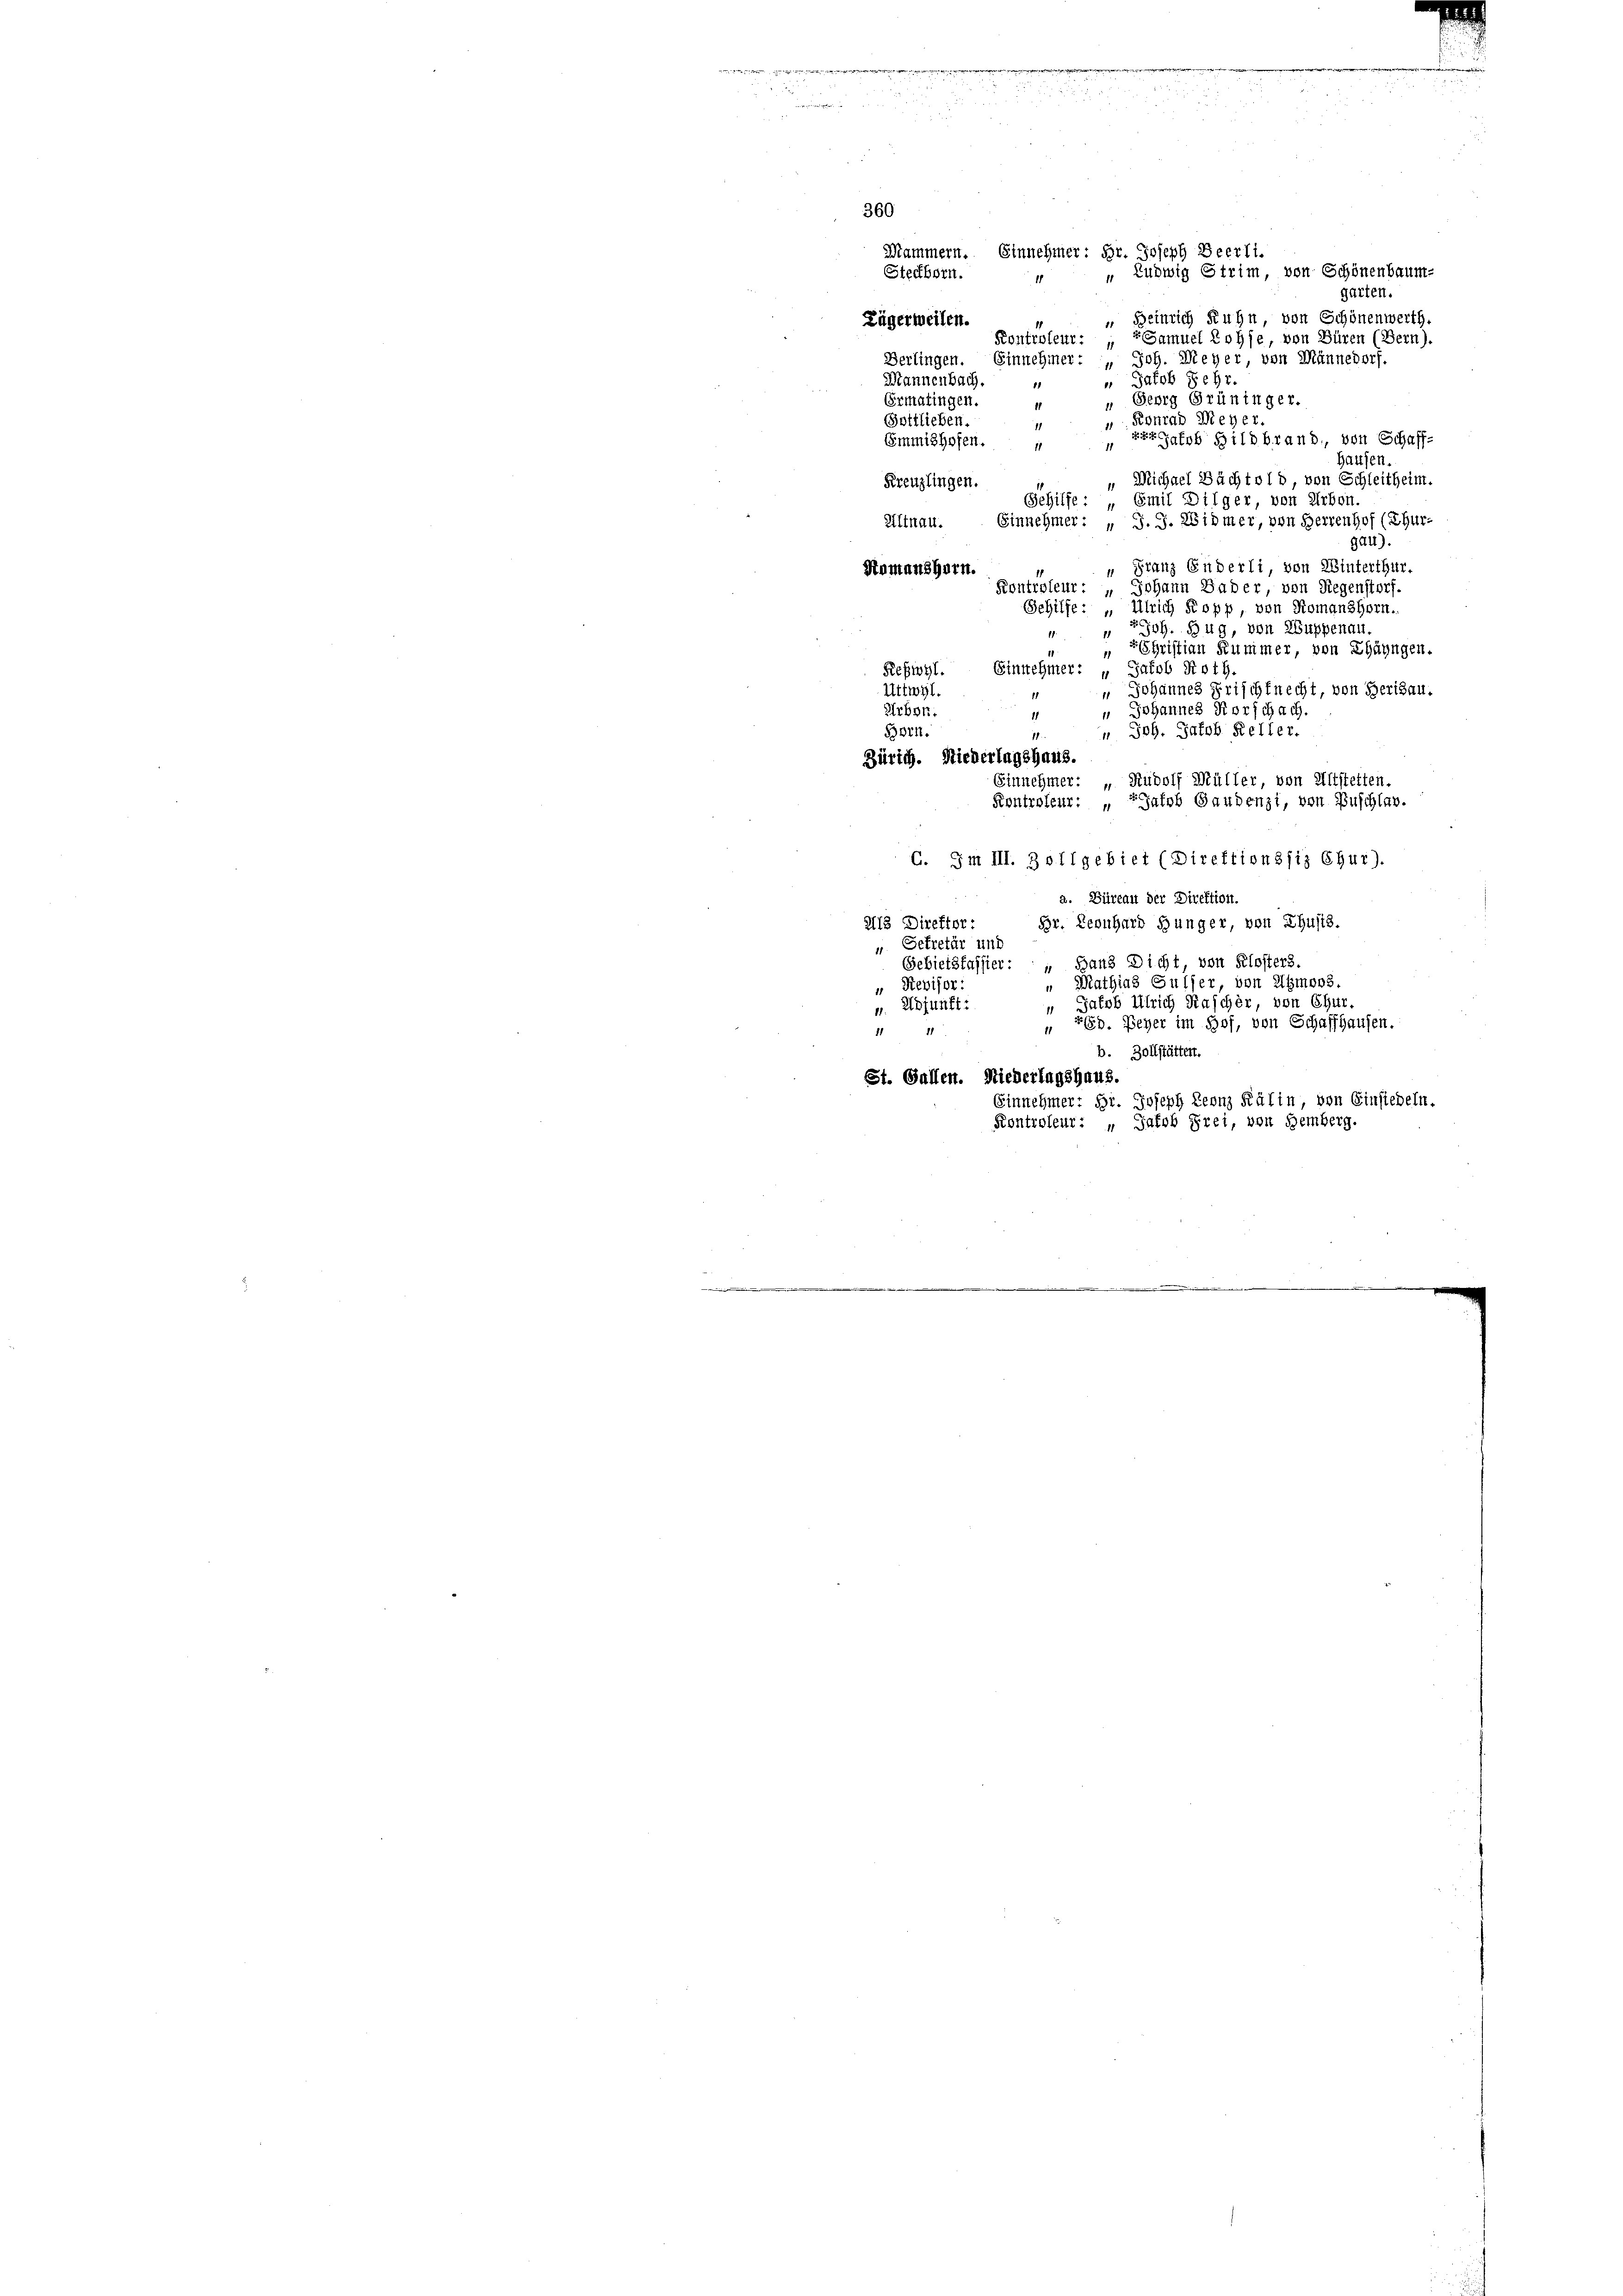
e

u

255

vide

u

e
e

360
Mammern. Einnehmer: Hr. Joseph Beerli.
 Ludwig Strim, von Schönenbaum-
Steckborn.
garten.
 Beinrich Ruhn von Schönenwerth
Zügerweilen.
1
Samuel Rohse, von Büren (Bern).
Kontroleur: 1
Berlingen. Einnehmer: " Joh. Meyer, von Männedorf.
Mannenbach.
" Jacob Schr.
1
„ Georg Grüninger.
Ermatingen.
11
 Konrad Meyer.
Gottlieben.
xer Jakob Bild brand, von Schaff-
Emmishofen.
11
Hausen.
" Michael Bächtold, von Schleitheim.
Kreuzlingen.
Schilfe: „Emil Dilger von Arbon.
Altnau. Einnehmer: „J. J. Widmer, von Herrenhof (Thur-
Gau).
" Franz Güberli, von Winterthur.
Romanshorn.
Kontroleut: „Johann Bader von Regenstorf.
Schilfe: „ Ulrich Kopp, von Romanshorn.
. " Joh. Zug, von Kuppenau
Christian Kummer, von Längen.
11
Refwyl. Einnehmer: „Jakob Roth.
" Johannes Frischfnecht, von Herisau.
Uttwyl.
Arbon.
 Johannes Korschach.
11
“ Joh. Jakob Keller.
Bern.
11.
Zürich. Niederlagshaus.
Einnehmer: „Rudolf Müller, von Altstetten.
Kontroleur: „Jakob Gandenzi, von Buschlav.
G. Im III. Zollgebiet (Direktionsfiz Chur).
a. Büreau der Direktion.
213 Direktor:
Br. Leonhard Hunger, von Thusis.
u. Getretär und
Gebietsfassier: „Hans Dicht von Klosters.
Mathias Sulzer, von Agmoos.
" Revisor:
 Jakob Ulrich Kascher, von Chur.
u. Adjunft:
 769. Beher im Hof, von Schaffhausen.
1111
b. Zollstätten.
St. Gallen. Niederlagshaus.
Einnehmer; Hr. Joseph Leonz Kälin, von Einsiedeln.
Kontroleur: „Jakob Frei, von Hemberg.